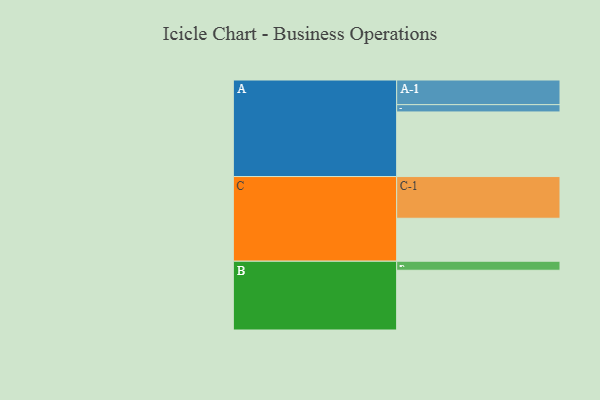
{"axis": {"x": "Segment", "y": "Value"}, "legend": ["", "A", "B", "C"], "data": [{"x": "A", "y": 451, "type": ""}, {"x": "B", "y": 417, "type": ""}, {"x": "C", "y": 300, "type": ""}, {"x": "A-1", "y": 172, "type": "A"}, {"x": "A-2", "y": 51, "type": "A"}, {"x": "B-1", "y": 63, "type": "B"}, {"x": "C-1", "y": 291, "type": "C"}]}